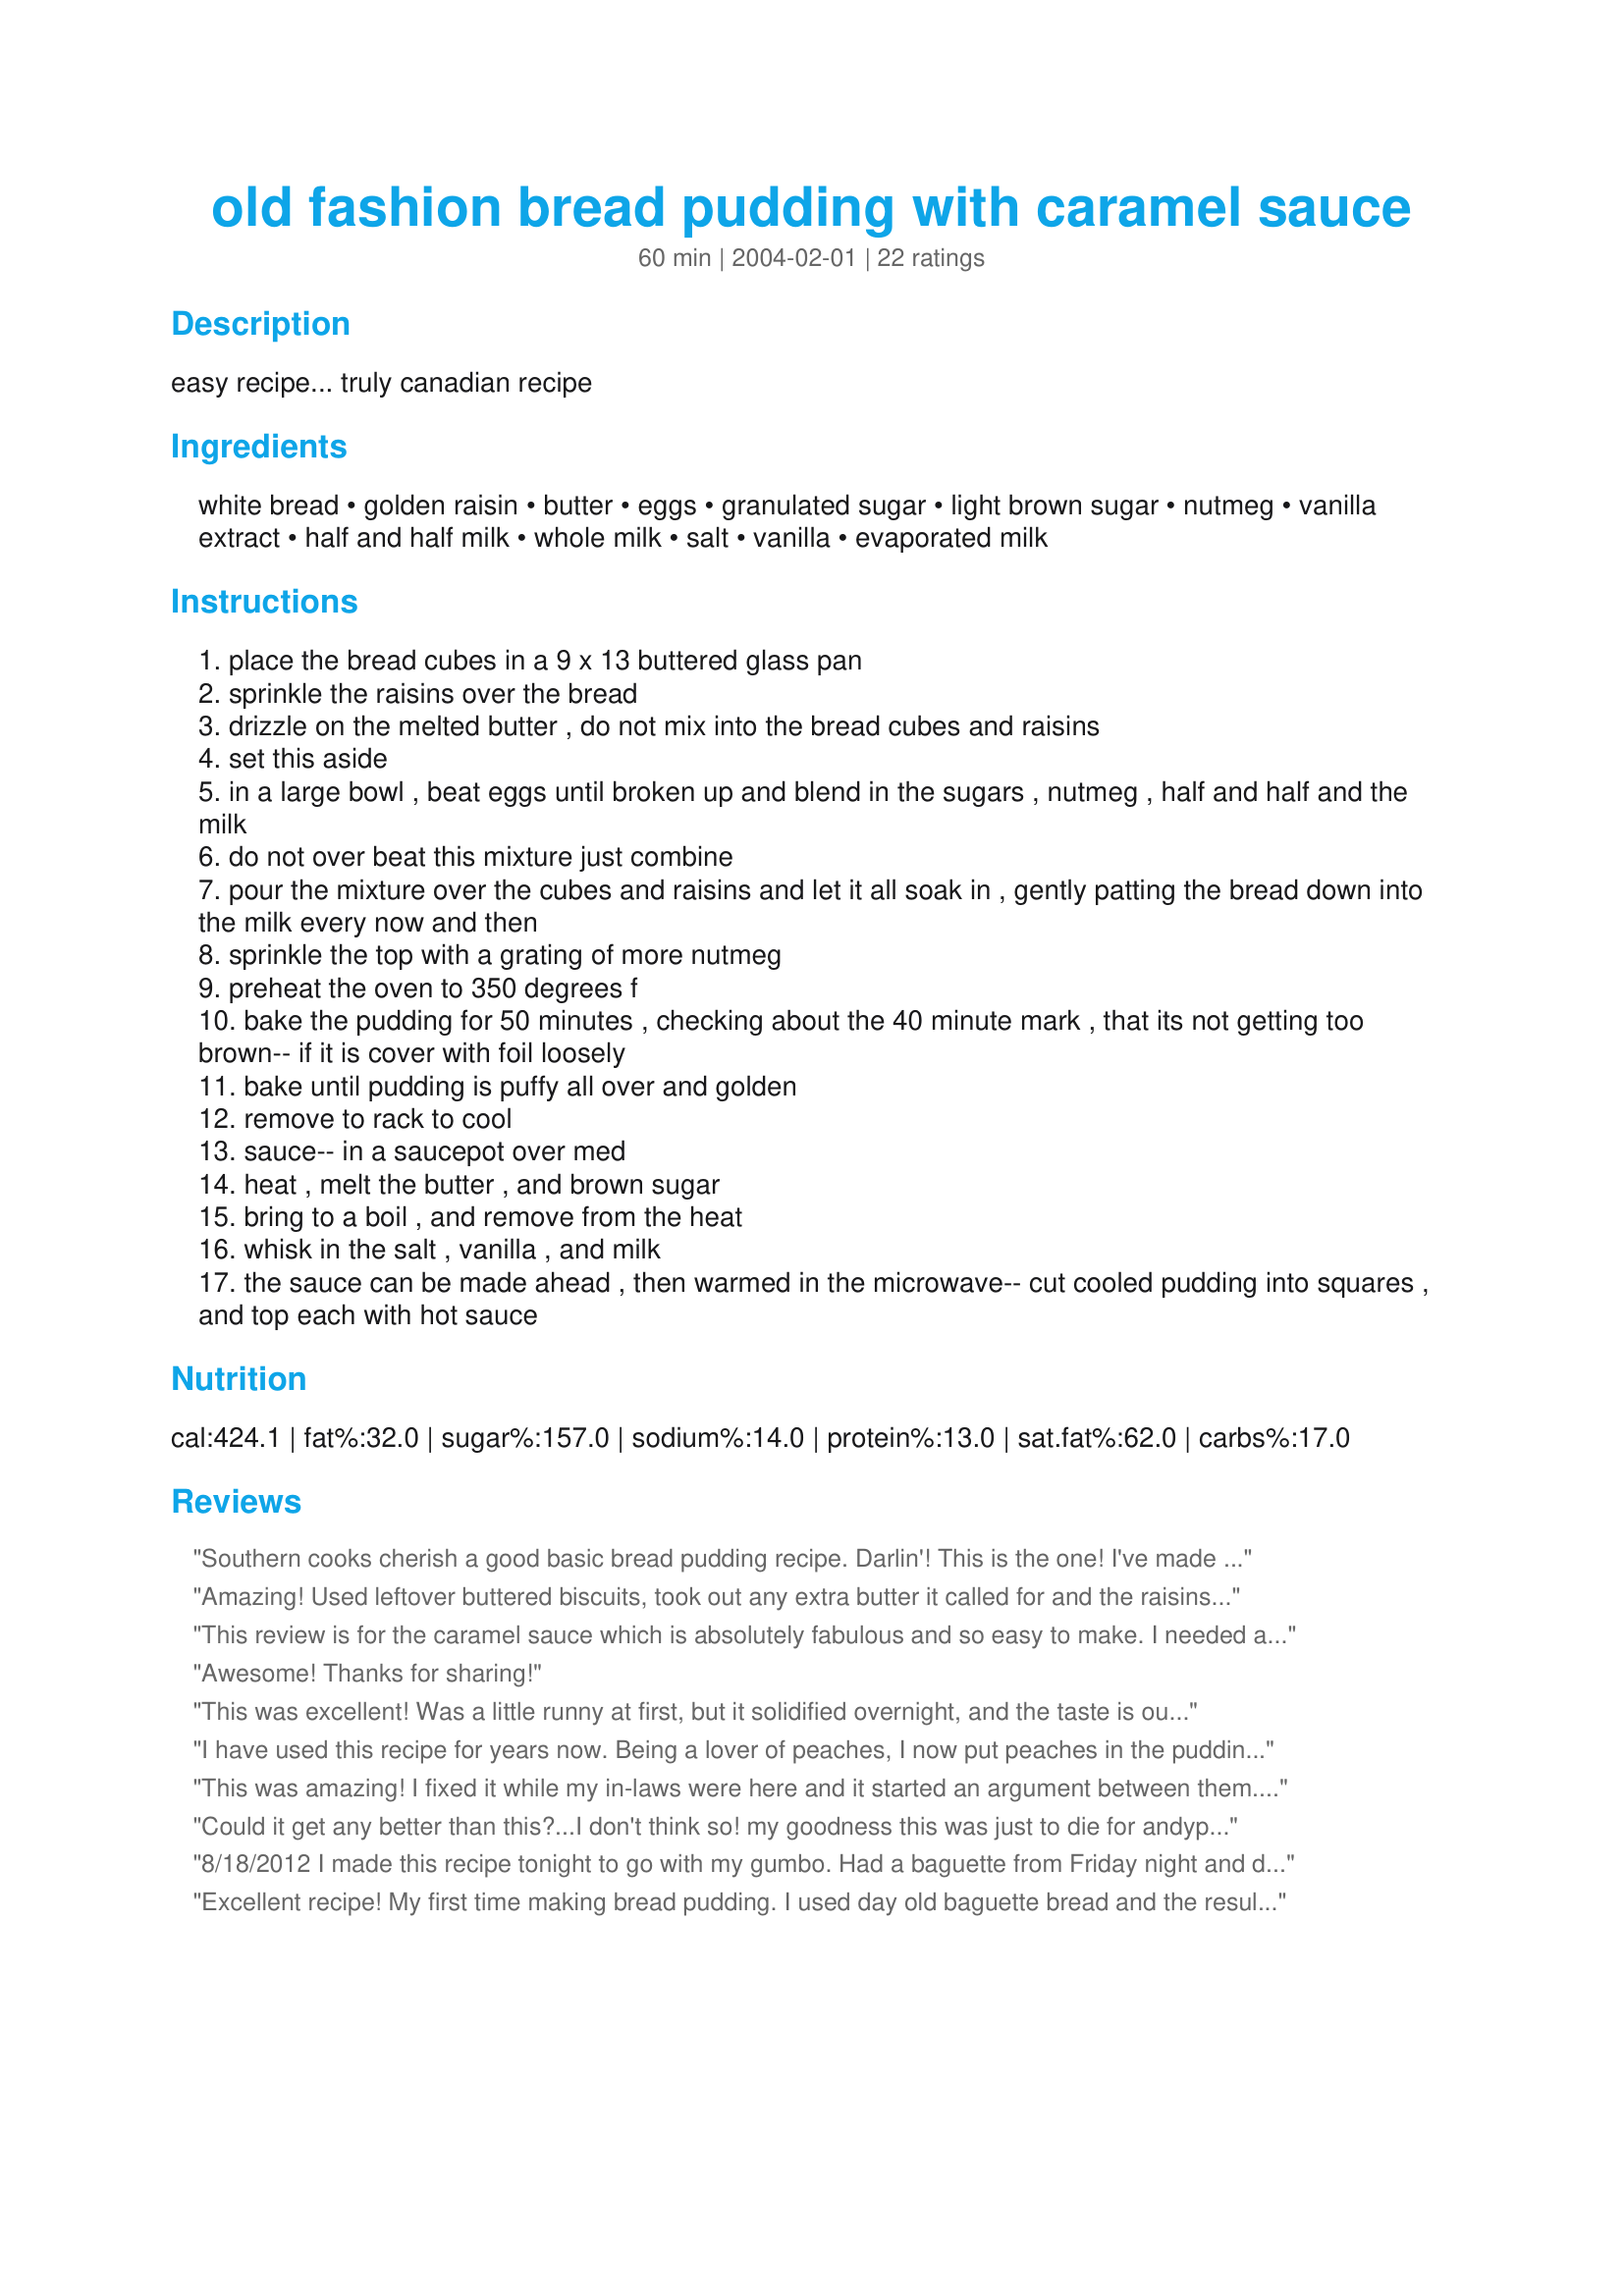
old fashion bread pudding with caramel sauce
Preparation time: 60 minutes

easy recipe... truly canadian recipe

Ingredients:
white bread, golden raisin, butter, eggs, granulated sugar, light brown sugar, nutmeg, vanilla extract, half and half milk, whole milk, salt, vanilla, evaporated milk

Steps:
place the bread cubes in a 9 x 13 buttered glass pan
sprinkle the raisins over the bread
drizzle on the melted butter , do not mix into the bread cubes and raisins
set this aside
in a large bowl , beat eggs until broken up and blend in the sugars , nutmeg , half and half and the milk
do not over beat this mixture just combine
pour the mixture over the cubes and raisins and let it all soak in , gently patting the bread down into the milk every now and then
sprinkle the top with a grating of more nutmeg
preheat the oven to 350 degrees f
bake the pudding for 50 minutes , checking about the 40 minute mark , that its not getting too brown-- if it is cover with foil loosely
bake until pudding is puffy all over and golden
remove to rack to cool
sauce-- in a saucepot over med
heat , melt the butter , and brown sugar
bring to a boil , and remove from the heat
whisk in the salt , vanilla , and milk
the sauce can be made ahead , then warmed in the microwave-- cut cooled pudding into squares , and top each with hot sauce

Reviews:
Southern cooks cherish a good basic bread pudding recipe. Darlin'! This is the one! I've made it several times now and it always turns out well. I use fresh Italian bread, but I've combined Italian bread with honey wheat sandwich bread. Cook's Illustrated mag. recommends using challah, if you can find it. This one is so good that it doesn't need a sauce. It keeps well and reheats nicely in the microwave.
Amazing! Used leftover buttered biscuits, took out any extra butter it called for and the raisins, sliced up bananas on top of the bread and followed the recipe exaclty after a few changes! INCREDIBLE! Highly recommend the biscuits! :)
This review is for the caramel sauce which is absolutely fabulous and so easy to make. I needed a good sauce for some apple bread pudding and this one looked pretty tasty. Now it will be my go to whenever I need a caramel sauce. Evaporated milk will also be a staple in my pantry. Not sure all of this is good for me but my people are going to love it.
Awesome! Thanks for sharing!
This was excellent! Was a little runny at first, but it solidified overnight, and the taste is outstanding. I plan on making it for my mother, who hasn't had bread pudding in years, as my father and brother are not fans.
I have used this recipe for years now. Being a lover of peaches, I now put peaches in the pudding and it turns out fantastic.
This was amazing! I fixed it while my in-laws were here and it started an argument between them. Father-in-law loved it so much he wondered why she would never fix bread pudding for him! Mom-in-law always hated bread pudding but loved this! The caramel sauce was to die for. I omitted the raisins. It makes a ton, and lasts for days. Yum!
Could it get any better than this?...I don't think so! my goodness this was just to die for andypandy... Made as directed for dessert tonight with leftover homemade egg bread, but left out the raisins. I covered mine with foil the last 10 minutes of baking....what a wonderful treat this was, my family enjoyed it so much, thanks for another winner andypandy, I will be making this again...Kitten:)
8/18/2012 I made this recipe tonight to go with my gumbo. Had a baguette from Friday night and decided it was time that I try my first bread pudding! This was fantastic! My husband is trying to stay away so he doesn't overdose! Only change is that I added a half cup of white chocolate chips and it was great!
Excellent recipe! My first time making bread pudding. I used day old baguette bread and the result was absolutely delicious.
This is the best DARN PUDDING EVER!!. Made it for family and they loved it so much. I modified it a bit with whole wheat bread, 1/2 cup chopped walnuts, 1 tsp. cinnamon and I used PET evaporated milk instead of half and half. Also I omitted the salt in the sauce. Everything still came out great. For all you sweet-tooths out there, let me tell you that this pudding and sauce is the "BOMB"!!! by: " Eat Child"
I used rasin walnut cherry bread and subsituted almond milk and evap milk for the half and half and whole milk. So delicious!!!
I made 1/2 a batch, knowing that there was only going to be one daughter and myself eating this......big mistake! This is awesome!
Made this yesterday for a family gathering. Was a big hit, especially the caramel sauce!
WOW! This recipe is just wonderful! We loved everything about it! The pudding was perfect, and the sauce was fantastic! Thanks so much for this recipe, it was great :)
An excellent bread pudding! I made it for a potluck dinner in the neighborhood and it was a big hit. I received many requests for the recipe, and I hope you don&#039;t mind, but I&#039;m sharing it! Thank you Andypandy!
I made this once before &amp; it wad delicious
This is the best bread pudding. I sprinkle cinnamon on top instead of the extra nutmeg though. I make this at work, everyone everyone can't wait to have some. Customers too! The sauce is delicious. Thanks for a great recipe!!
This is a fabulous bread pudding recipe! I will make it again and again.
Fantastic!!!! The hubby loved it and won't quit talking about it!! Wouldn't change a thing!!
This is awesome! I took it to work and everyone was raving about it. I substituted pecans for the rasins and cinnamon for the nutmeg. The sauce is good too. But the bread pudding is good enough to eat without sauce.
LOVE this stuff. My kids lick their bowls clean. It's all about lots of nutmeg and the caramel.
